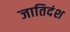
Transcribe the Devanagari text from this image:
जातिदंश